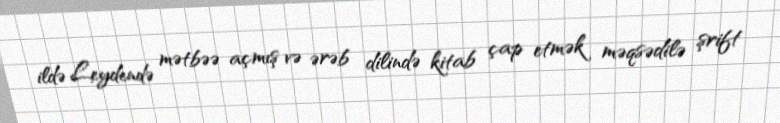
ildə Leydendə mətbəə açmış və ərəb dilində kitab çap etmək məqsədilə şrift